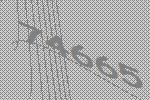
74665